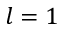
l = 1